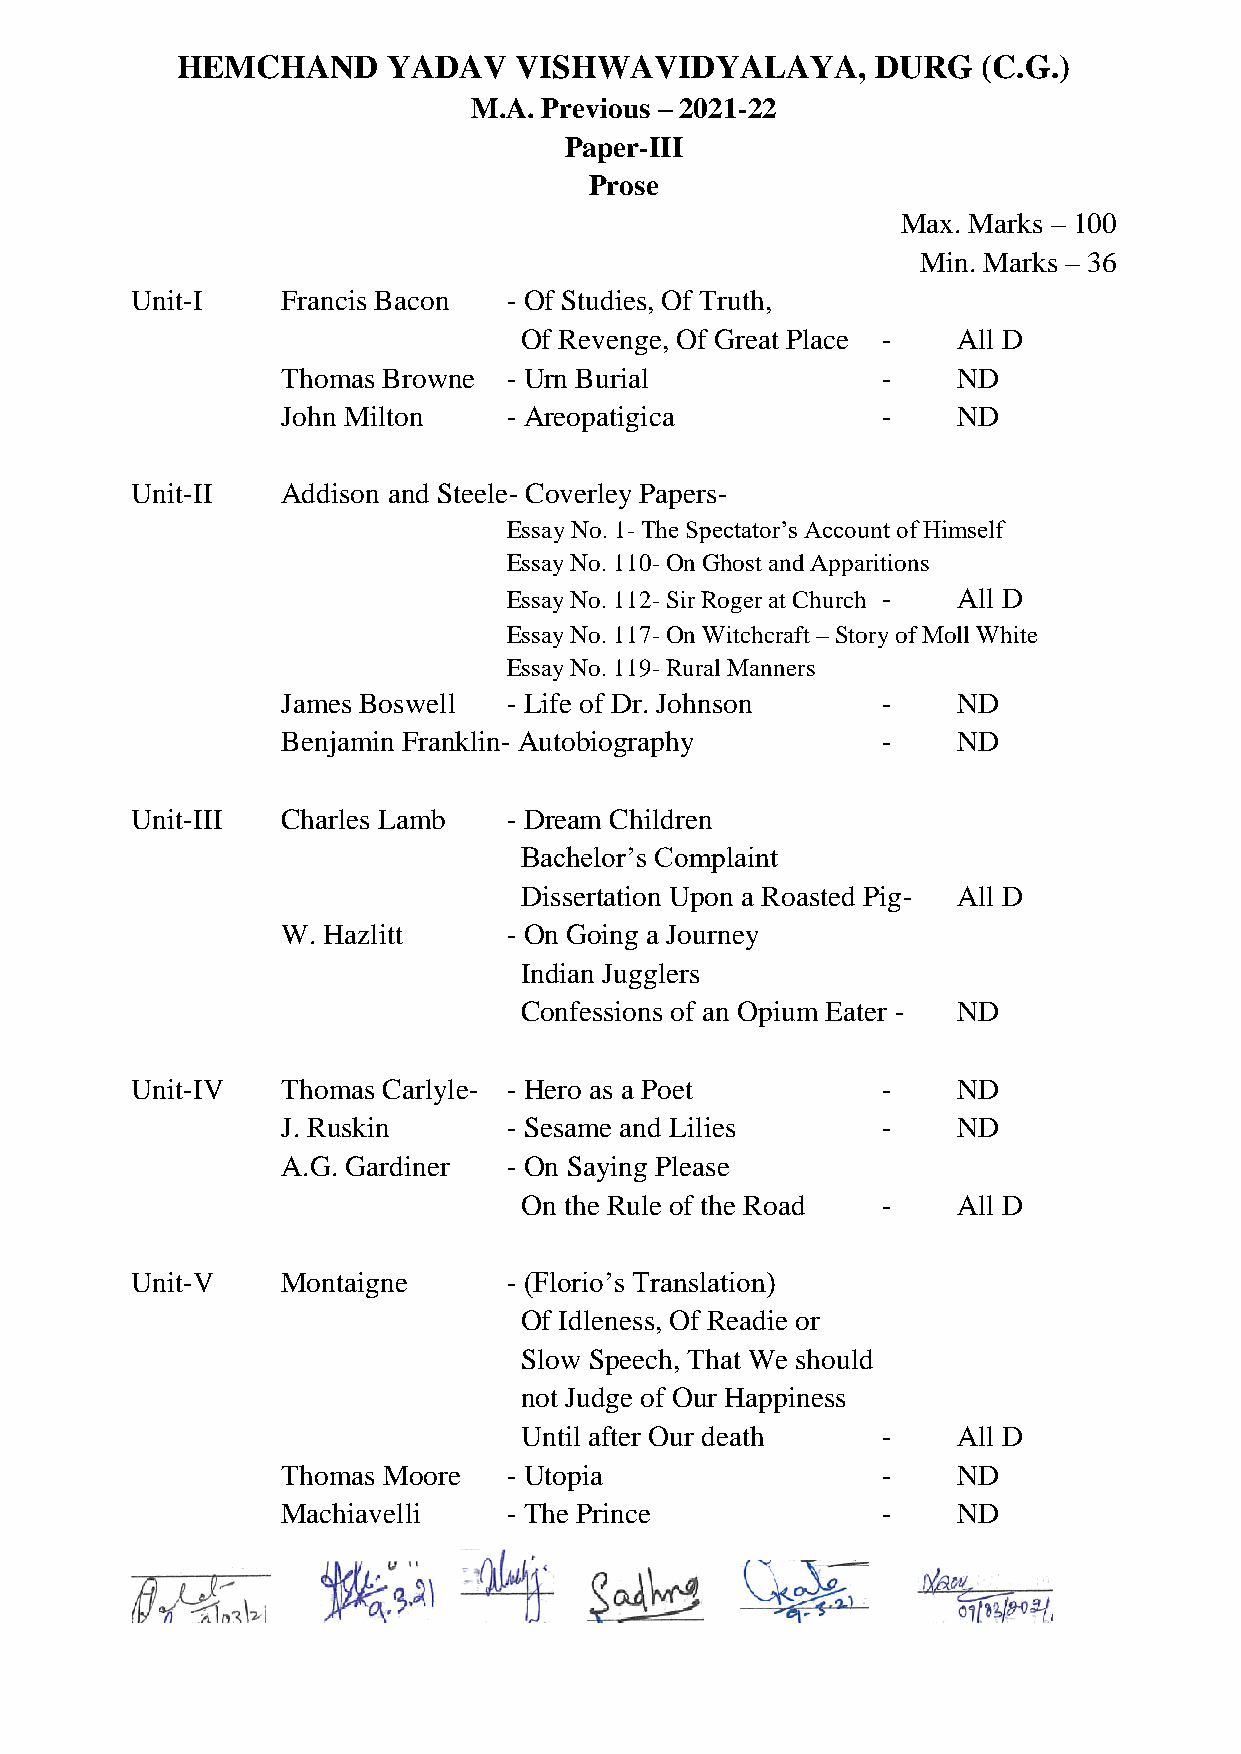
HEMCHAND      YADAV   VISHWAVIDYALAYA,        DURG   (C.G.)
 M.A. Previous – 2021-22
 Paper-III
 Prose
 Max. Marks – 100
 Min. Marks – 36
 Unit-I    Francis Bacon  - Of Studies, Of Truth,
 Of Revenge, Of Great Place - All D
 Thomas Browne  - Urn Burial            -    ND
 John Milton    - Areopatigica          -    ND
 Unit-II   Addison and Steele- Coverley Papers-
 Essay No. 1- The Spectator’s Account of Himself
 Essay No. 110- On Ghost and Apparitions
 Essay No. 112- Sir Roger at Church - All D
 Essay No. 117- On Witchcraft – Story of Moll White
 Essay No. 119- Rural Manners
 James Boswell  - Life of Dr. Johnson   -    ND
 Benjamin Franklin- Autobiography       -    ND
 Unit-III  Charles Lamb   - Dream Children
 Bachelor’s Complaint
 Dissertation Upon a Roasted Pig- All D
 W. Hazlitt     - On Going a Journey
 Indian Jugglers
 Confessions of an Opium Eater - ND
 Unit-IV   Thomas Carlyle- - Hero as a Poet       -    ND
 J. Ruskin      - Sesame and Lilies     -    ND
 A.G. Gardiner  - On Saying Please
 On the Rule of the Road -    All D
 Unit-V    Montaigne      - (Florio’s Translation)
 Of Idleness, Of Readie or
 Slow Speech, That We should
 not Judge of Our Happiness
 Until after Our death   -    All D
 Thomas Moore   - Utopia                -    ND
 Machiavelli    - The Prince            -    ND